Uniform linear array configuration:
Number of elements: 24
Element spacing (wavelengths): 0.25
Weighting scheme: kaiser
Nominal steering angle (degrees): -30
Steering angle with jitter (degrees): -31.857
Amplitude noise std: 0.05
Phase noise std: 0.05

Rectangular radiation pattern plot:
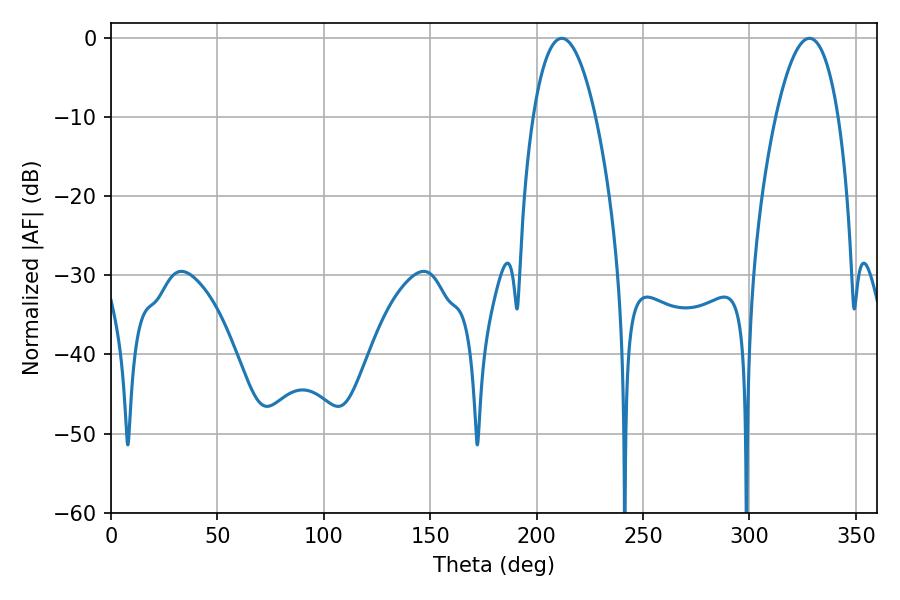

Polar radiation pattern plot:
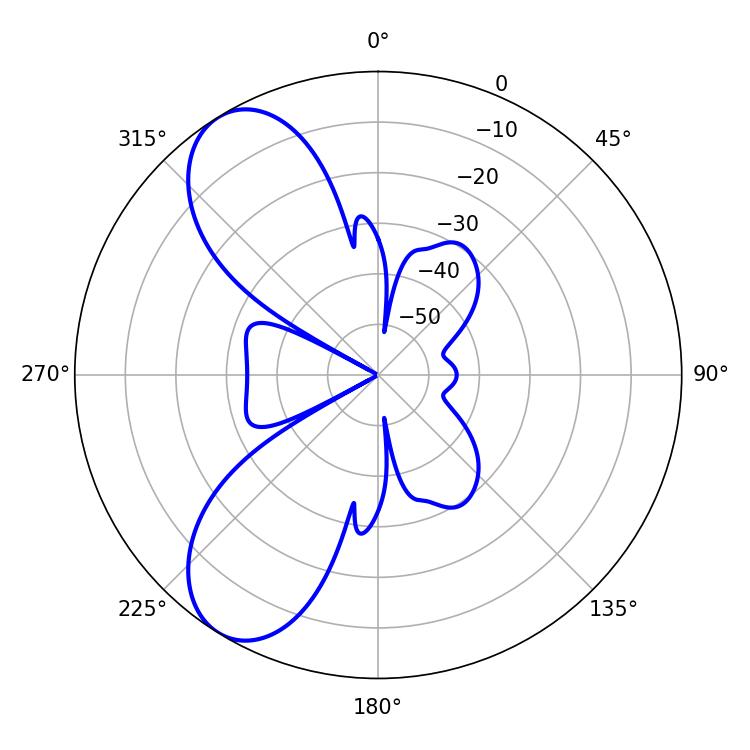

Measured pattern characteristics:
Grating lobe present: FALSE
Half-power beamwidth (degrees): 16.2
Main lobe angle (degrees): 211.86